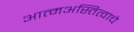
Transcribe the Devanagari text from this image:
आत्मअस्तित्वाचे